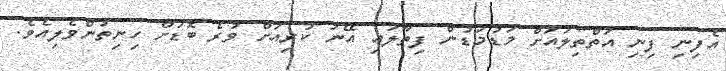
އެފިނި ފިނި އަތްތިލައަށް މަޑުމަޑުން ފިތާލައި އޭނަ ކުރިއަށް ވުރެ ބޮޑަށް ހިނިތުންވެލިއެވެ.